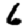
Digit: 6